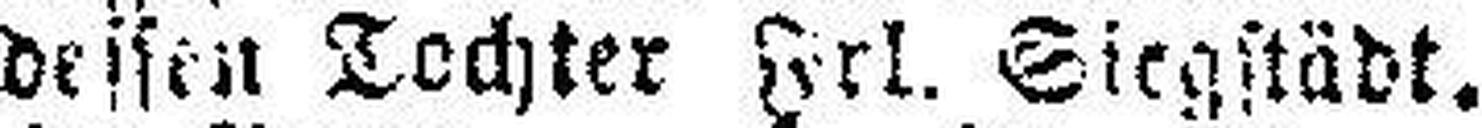
Jeus, dessen Tochter Frl. Siegstädt.